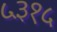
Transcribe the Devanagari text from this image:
५३१५